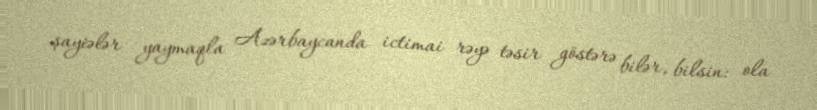
şayiələr yaymaqla Azərbaycanda ictimai rəyə təsir göstərə bilər, bilsin: ola